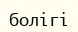
болігі